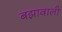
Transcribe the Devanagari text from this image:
बझावाली